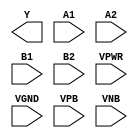
module sky130_fd_sc_lp__a22oi (
    Y   ,
    A1  ,
    A2  ,
    B1  ,
    B2  ,
    VPWR,
    VGND,
    VPB ,
    VNB
);

    output Y   ;
    input  A1  ;
    input  A2  ;
    input  B1  ;
    input  B2  ;
    input  VPWR;
    input  VGND;
    input  VPB ;
    input  VNB ;
endmodule